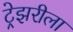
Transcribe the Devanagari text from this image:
ट्रेझरीला